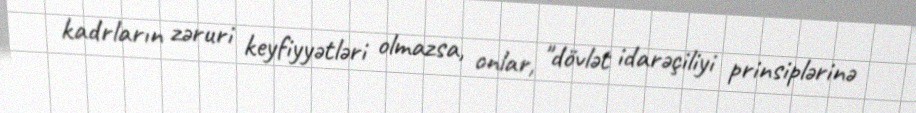
kadrların zəruri keyfiyyətləri olmazsa, onlar, "dövlət idarəçiliyi prinsiplərinə